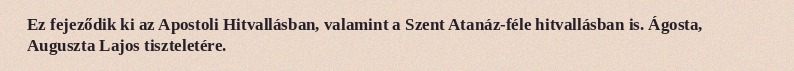
Ez fejeződik ki az Apostoli Hitvallásban, valamint a Szent Atanáz-féle hitvallásban is. Ágosta, Auguszta Lajos tiszteletére.